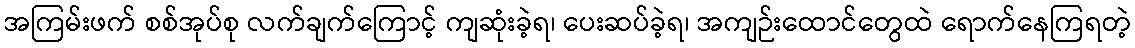
အကြမ်းဖက် စစ်အုပ်စု လက်ချက်ကြောင့် ကျဆုံးခဲ့ရ၊ ပေးဆပ်ခဲ့ရ၊ အကျဉ်းထောင်တွေထဲ ရောက်နေကြရတဲ့